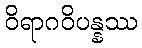
ဝိရာဂဝိပန္နဿ